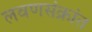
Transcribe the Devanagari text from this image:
लवणसंक्रांत